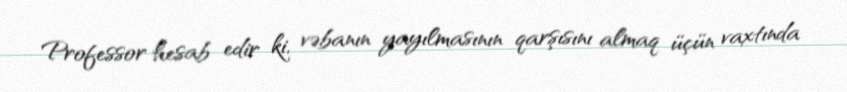
Professor hesab edir ki, vəbanın yayılmasının qarşısını almaq üçün vaxtında